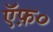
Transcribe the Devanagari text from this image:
ऍफ़०